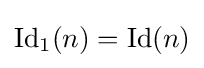
\operatorname {Id} _{1}(n)=\operatorname {Id} (n)